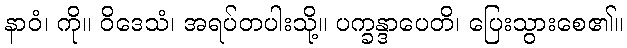
နာဝံ၊ ကို။ ဝိဒေသံ၊ အရပ်တပါးသို့။ ပက္ခန္ဒာပေတိ၊ ပြေးသွားစေ၏။